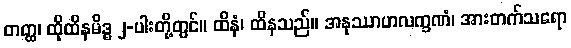
တတ္ထ၊ ထိုထိနမိဒ္ဓ ၂-ပါးတို့တွင်။ ထိနံ၊ ထိနသည်။ အနုဿာဟလက္ခဏံ၊ အားတက်သရော